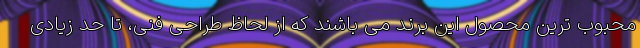
محبوب ترین محصول این برند می باشند که از لحاظ طراحی فنی، تا حد زیادی